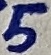
Text: 5